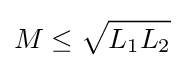
M\leq {\sqrt {L_{1}L_{2}}}